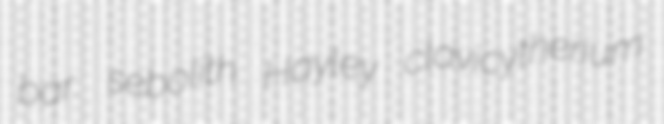
bar. sebolith Hayley clavicytherium